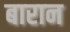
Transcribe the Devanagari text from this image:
बारान